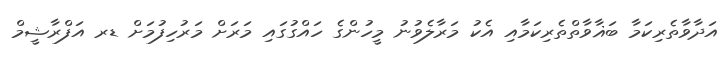
އަދާވާތެރިކަމާ ބަޣާވާތްތެރިކަމާއި އެކު މަރާލެވުނު މީހުންގެ ހައްގުގައި މަރަށް މަރުހިފުމަށް ޑރ އަފްރާޝީމް